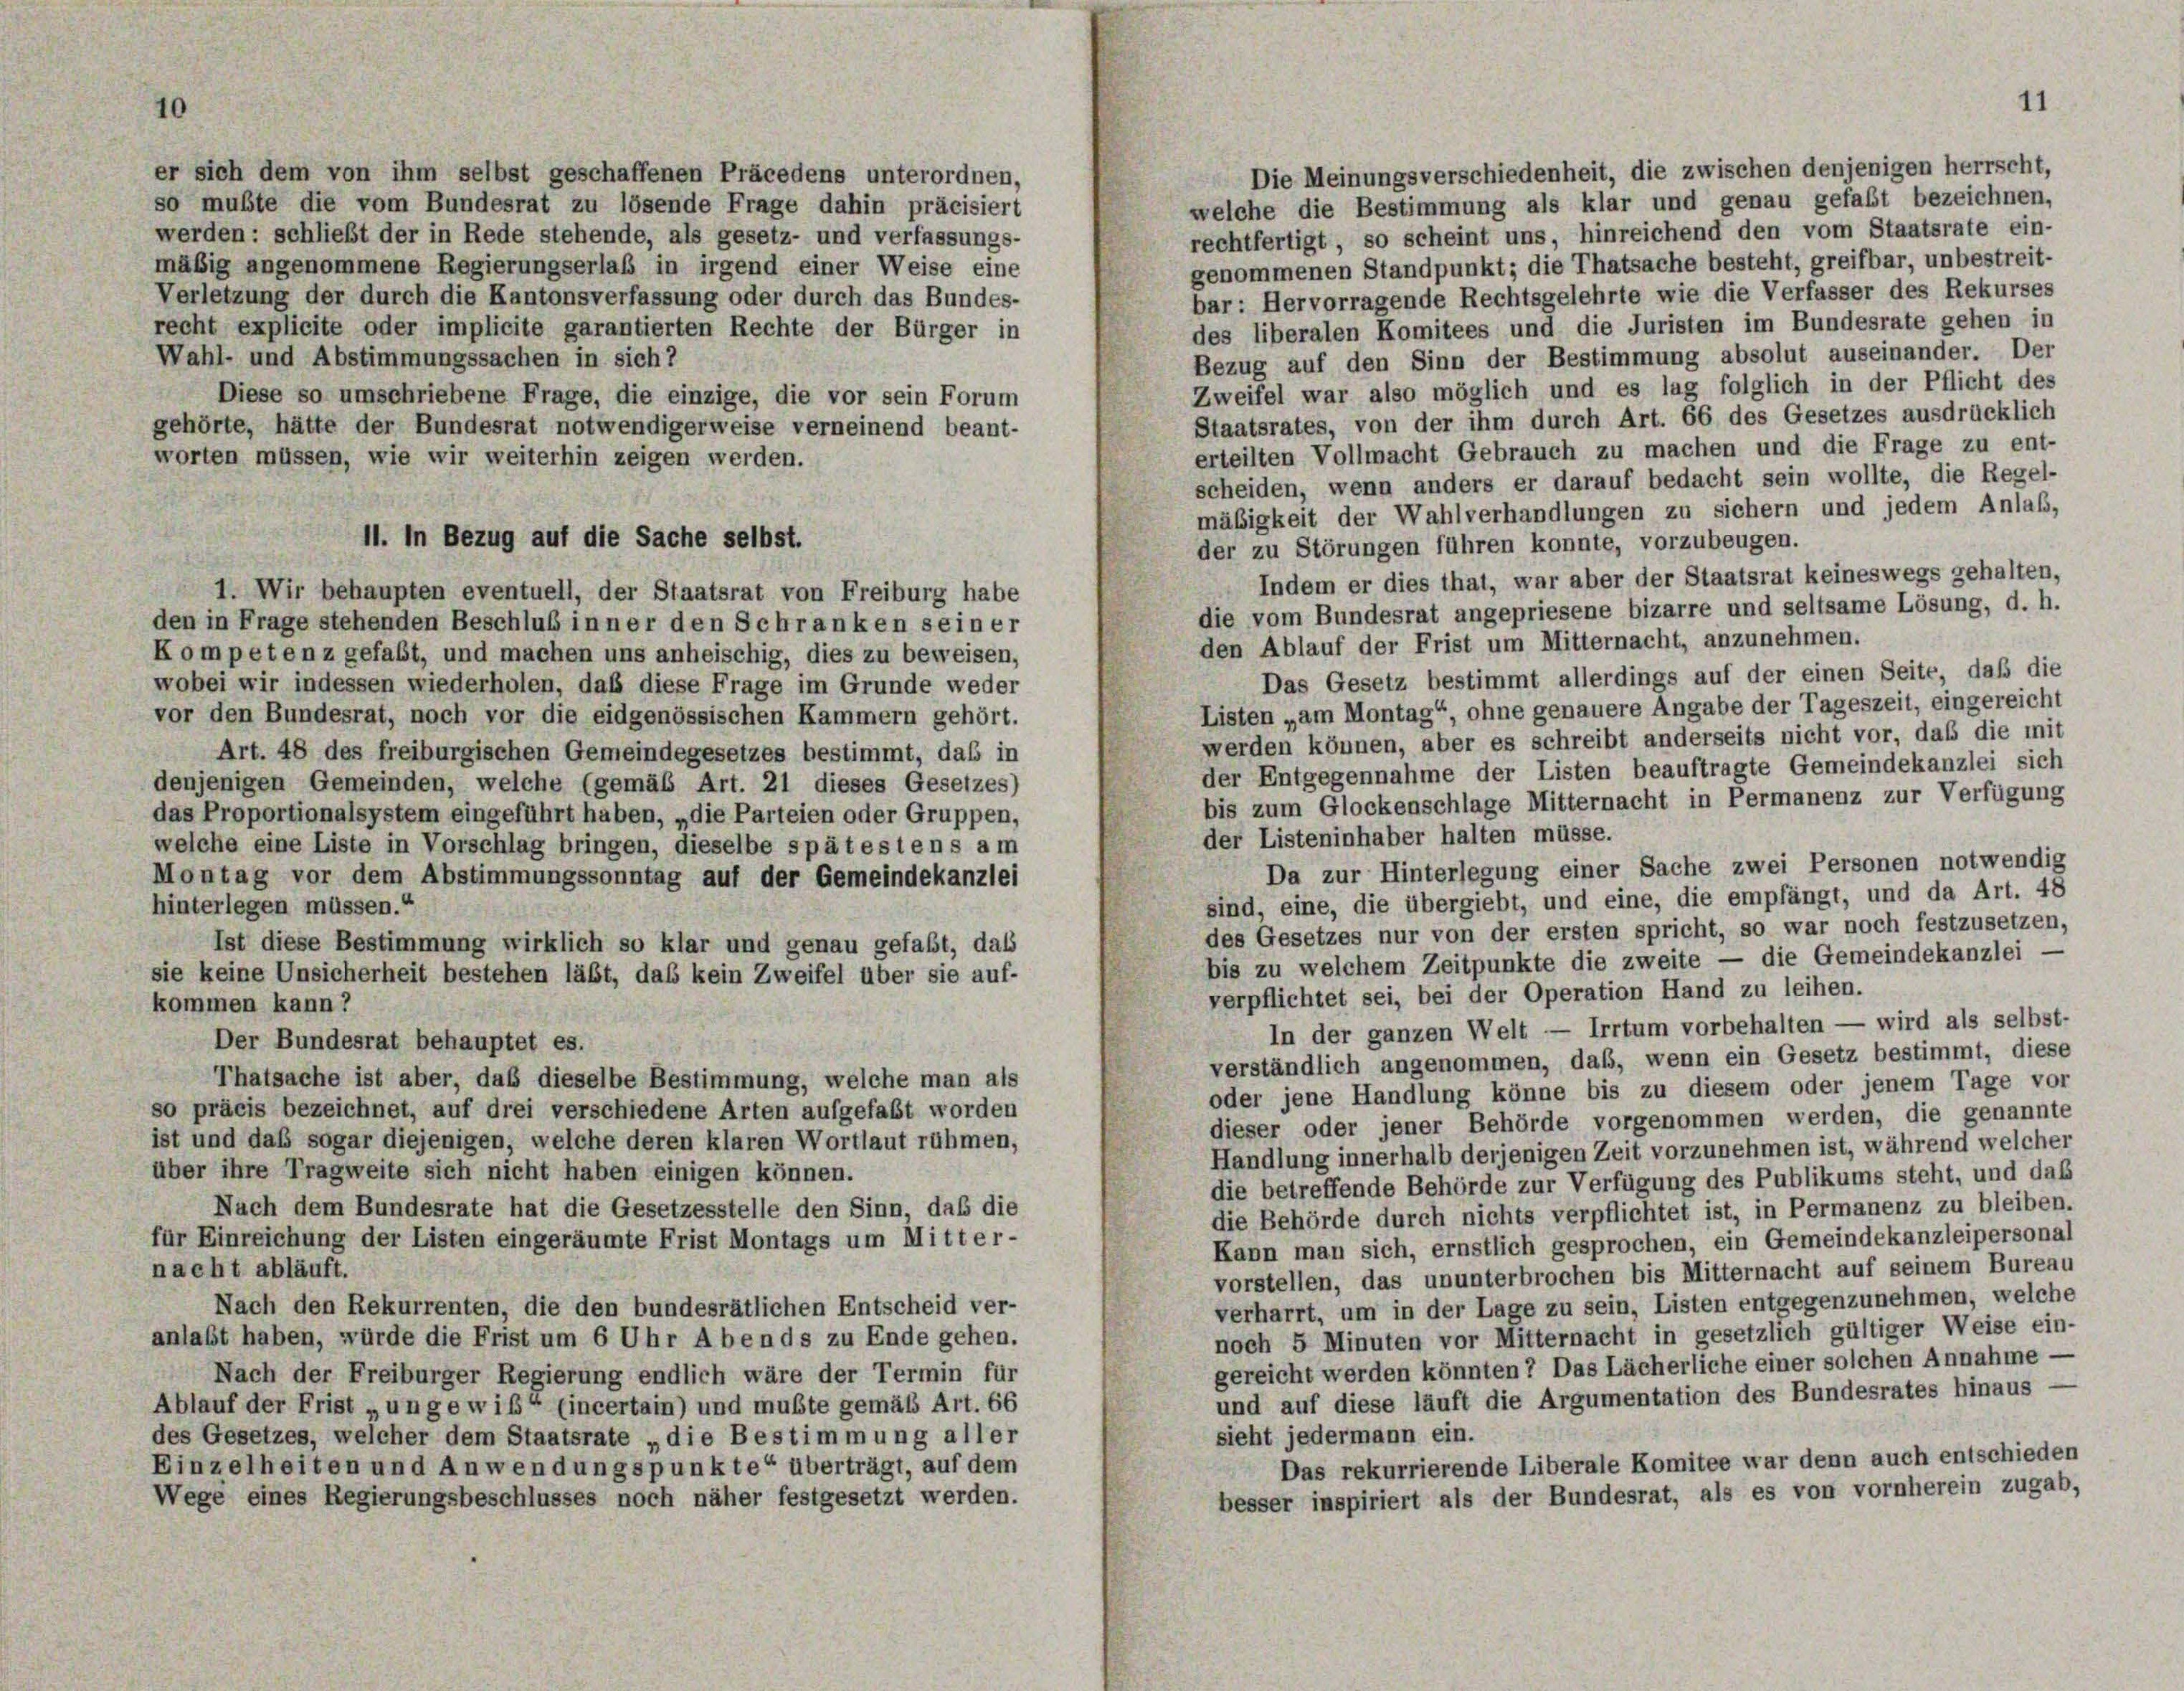
10

Die Meinungsverschiedenheit, die zwischen denjenigen herrscht,
er sich dem von ihm selbst geschaffenen Präcedens unterordnen,
welche die Bestimmung als klar und genau gefaßt bezeichnen,
so mußte die vom Bundesrat zu lösende Frage dahin präcisiert
rechtfertigt, so scheint uns, hinreichend den vom Staatsrate ein-
werden: schließt der in Rede stehende, als gesetz- und verfassungs-
genommenen Standpunkt; die Thatsache besteht, greifbar, unbestreit-
mäßig angenommene Regierungserlaß in irgend einer Weise eine
bar: Hervorragende Rechtsgelehrte wie die Verfasser des Rekurses
Verletzung der durch die Kantonsverfassung oder durch das Bundes-
des liberalen Komitees und die Juristen im Bundesrate gehen in
recht explicite oder implicite garantierten Rechte der Bürger in
Wahl- und Abstimmungssachen in sich 2
Bezug auf den Sinn der Bestimmung absolut auseinander. Der
Zweifel war also möglich und es lag folglich in der Pflicht des
Diese so umschriebene Frage, die einzige, die vor sein Forum
Staatsrates, von der ihm durch Art. 66 des Gesetzes ausdrücklich
gehörte, hätte der Bundesrat notwendigerweise verneinend beant-
erteilten Vollmacht Gebrauch zu machen und die Frage zu ent-
worten müssen, wie wir weiterhin zeigen werden.
scheiden, wenn anders er darauf bedacht sein wollte, die Regel-
mäßigkeit der Wahlverhandlungen zu sichern und jedem Anlaß,
der zu Störungen führen konnte, vorzubeugen.
Indem er dies that, war aber der Staatsrat keineswegs gehalten,
1. Wir behaupten eventuell, der Staatsrat von Freiburg habe
die vom Bundesrat angepriesene bizarre und seltsame Lösung, d. h.
den in Frage stehenden Beschluß inner den Schranken seiner
den Ablauf der Frist um Mitternacht, anzunehmen.
Kompetenz gefaßt, und machen uns anheischig, dies zu beweisen,
Das Gesetz bestimmt allerdings auf der einen Seite, daß die
wobei wir indessen wiederholen, daß diese Frage im Grunde weder
Listen „am Montag“, ohne genauere Angabe der Tageszeit, eingereicht
vor den Bundesrat, noch vor die eidgenössischen Kammern gehört.
werden können, aber es schreibt anderseits nicht vor, daß die mit
Art. 48 des freiburgischen Gemeindegesetzes bestimmt, daß in
der Entgegennahme der Listen beauftragte Gemeindekanzlei sich
denjenigen Gemeinden, welche (gemäß Art. 21 dieses Gesetzes)
bis zum Glockenschlage Mitternacht in Permanenz zur Verfügung
das Proportionalsystem eingeführt haben, „die Parteien oder Gruppen,
der Listeninhaber halten müsse.
welche eine Liste in Vorschlag bringen, dieselbe spätestens am
Da zur Hinterlegung einer Sache zwei Personen notwendig
Montag vor dem Abstimmungssonntag auf der Gemeindekanzlei
sind, eine, die übergiebt, und eine, die empfängt, und da Art. 48
hinterlegen müssen.“
des Gesetzes nur von der ersten spricht, so war noch festzusetzen,
Ist diese Bestimmung wirklich so klar und genau gefaßt, dass
bis zu welchem Zeitpunkte die zweite — die Gemeindekanzlei —
sie keine Unsicherheit bestehen läßt, daß kein Zweifel über sie auf-
verpflichtet sei, bei der Operation Hand zu leihen.
kommen kann?
In der ganzen Welt — Irrtum vorbehalten — wird als selbst-
Der Bundesrat behauptet es.
verständlich angenommen, daß, wenn ein Gesetz bestimmt, diese
Thatsache ist aber, daß dieselbe Bestimmung, welche man als
oder jene Handlung könne bis zu diesem oder jenem Tage vor
so präcis bezeichnet, auf drei verschiedene Arten aufgefaßt worden
dieser oder jener Behörde vorgenommen werden, die genannte
ist und daß sogar diejenigen, welche deren klaren Wortlaut rühmen,
Handlung innerhalb derjenigen Zeit vorzunehmen ist, während welcher
über ihre Tragweite sich nicht haben einigen können.
die betreffende Behörde zur Verfügung des Publikums steht, und daß
Nach dem Bundesrate hat die Gesetzesstelle den Sinn, daß die
die Behörde durch nichts verpflichtet ist, in Permanenz zu bleiben.
für Einreichung der Listen eingeräumte Frist Montags um Mitter-
Kann man sich, ernstlich gesprochen, ein Gemeindekanzleipersonal
nacht abläuft.
vorstellen, das ununterbrochen bis Mitternacht auf seinem Bureau
verharrt, um in der Lage zu sein, Listen entgegenzunehmen, welche
Nach den Rekurrenten, die den bundesrätlichen Entscheid ver-
noch 5 Minuten vor Mitternacht in gesetzlich gültiger Weise ein-
anlaßt haben, würde die Frist um 6 Uhr Abends zu Ende gehen.
gereicht werden könnten? Das Lächerliche einer solchen Annahme —
Nach der Freiburger Regierung endlich wäre der Termin für
und auf diese läuft die Argumentation des Bundesrates hinaus -
Ablauf der Frist „ungewiß“ (incertain) und mußte gemäß Art. 66
sieht jedermann ein.
des Gesetzes, welcher dem Staatsrate „die Bestimmung aller
Das rekurrierende Liberale Komitee war denn auch entschieden
Einzelheiten und Anwendungspunkte“ überträgt, auf dem
besser inspiriert als der Bundesrat, als es von vornherein zugab,
Wege eines Regierungsbeschlusses noch näher festgesetzt werden.

11. In Bezug auf die Sache selbst.

11